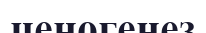
ценогенез